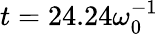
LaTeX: t=24.24\omega_{0}^{-1}